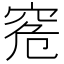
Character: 𥥠